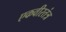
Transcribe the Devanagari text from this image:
एकवीरतंत्र